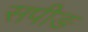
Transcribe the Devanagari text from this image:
सपीङ